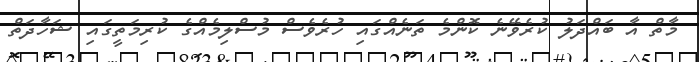
މާތް އާ ބައްދަލު ކުރެވޭނެ ކޮންމެ ތަނެއްގައި ހުރެވެސް މުސްލިމެއްގެ ކުރިމަތީގައި ޝަހާދަތް